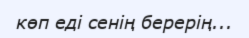
көп еді сенің берерің...